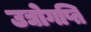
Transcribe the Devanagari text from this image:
उद्योगप्ति